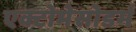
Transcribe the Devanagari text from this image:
एक्टोमेसोडर्म